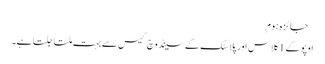
– جائزہ ہوم
اوپو کے 1 گلاس اور پلاسٹک کے سینڈوچ کیس سے بہت ملتا جلتا ہے۔